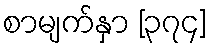
စာမျက်နှာ [၃၇၄]